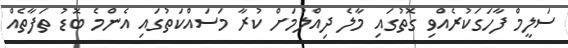
ސަލީމް ފާހަގަކުރެއްވި ގޮތުގައި މާލެ ދިއްލުމަށް ކުރާ މަސައްކަތުގައި އެންމެ ބޮޑު ތަފާތެއް